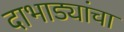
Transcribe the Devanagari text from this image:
दाभाड्यांचा